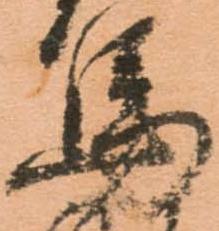
馬